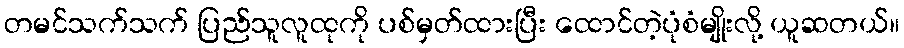
တမင်သက်သက် ပြည်သူလူထုကို ပစ်မှတ်ထားပြီး ထောင်တဲ့ပုံစံမျိုးလို့ ယူဆတယ်။